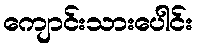
ကျောင်းသားပေါင်း